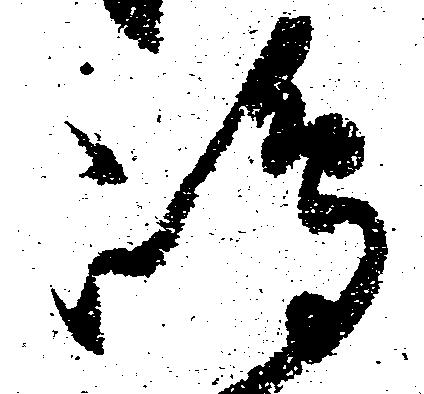
嶋